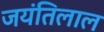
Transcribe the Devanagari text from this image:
जयंतिलाल